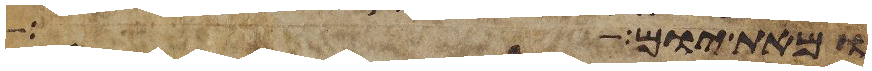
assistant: ומאתים אלה